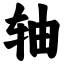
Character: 轴